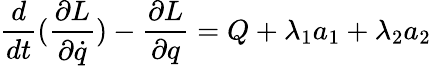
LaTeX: \frac{d}{dt}(\frac{\partial L}{\partial\dot{q}})-\frac{\partial L}{\partial q}=Q+\lambda_{1}a_{1}+\lambda_{2}a_{2}